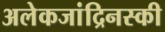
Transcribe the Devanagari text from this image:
अलेकजांद्रिनस्की